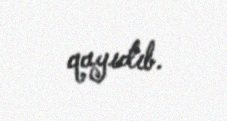
qayıdıb.